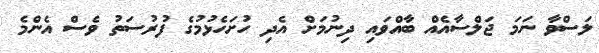
ލަސްވާ ނަމަ ޖަލްސާއެއް ބާއްވައި ދިނުމަށް އެދި ހުށަހެޅުމުގެ ފުރުސަތު ވެސް އެންމެ